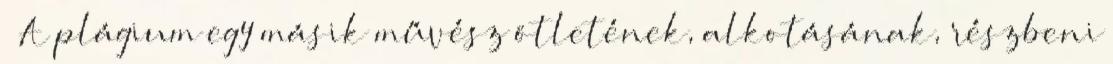
» A plágium egy másik művész ötletének, alkotásának, részbeni